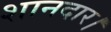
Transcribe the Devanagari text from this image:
शानदार।